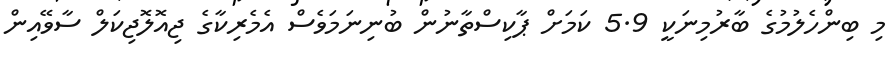
މި ބިންހެލުމުގެ ބާރުމިނަކީ 5.9 ކަމަށް ޕާކިސްތާނުން ބުނިނަމަވެސް އެމެރިކާގެ ޖިއޮލޮޖިކަލް ސާވޭއިން